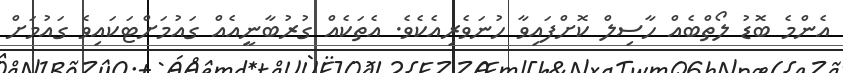
އެންމެ ބޮޑު ލޯތްބެއް ހާސިލް ކޮށްފައިވާ ހުނަވެރިއެކެވެ. އެތަކެއް ގުރުބާނީއެއް ގައުމަށްޓަކައިވެ ގައުމަށް